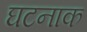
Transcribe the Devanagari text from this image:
घटनाक